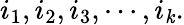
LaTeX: i_{1},i_{2},i_{3},\cdots,i_{\mathit{k}}.